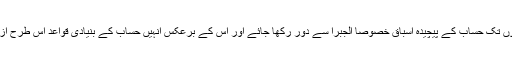
اخبار نے زور دیا ہے کہ طلبہ کو سیکنڈری جماعتوں تک حساب کے پیچیدہ اسباق خصوصاً الجبرا سے دور رکھا جائے اور اس کے برعکس انہیں حساب کے بنیادی قواعد اس طرح ازبر کرائے جائیں کہ وہ انہیں ساری زندگی یاد رہیں۔